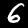
Digit: 6